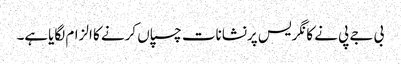
بی جے پی نے کانگریس پرنشانات چسپاں کرنے کا الزام لگایاہے۔